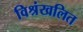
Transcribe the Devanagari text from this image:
विश्रंखलित